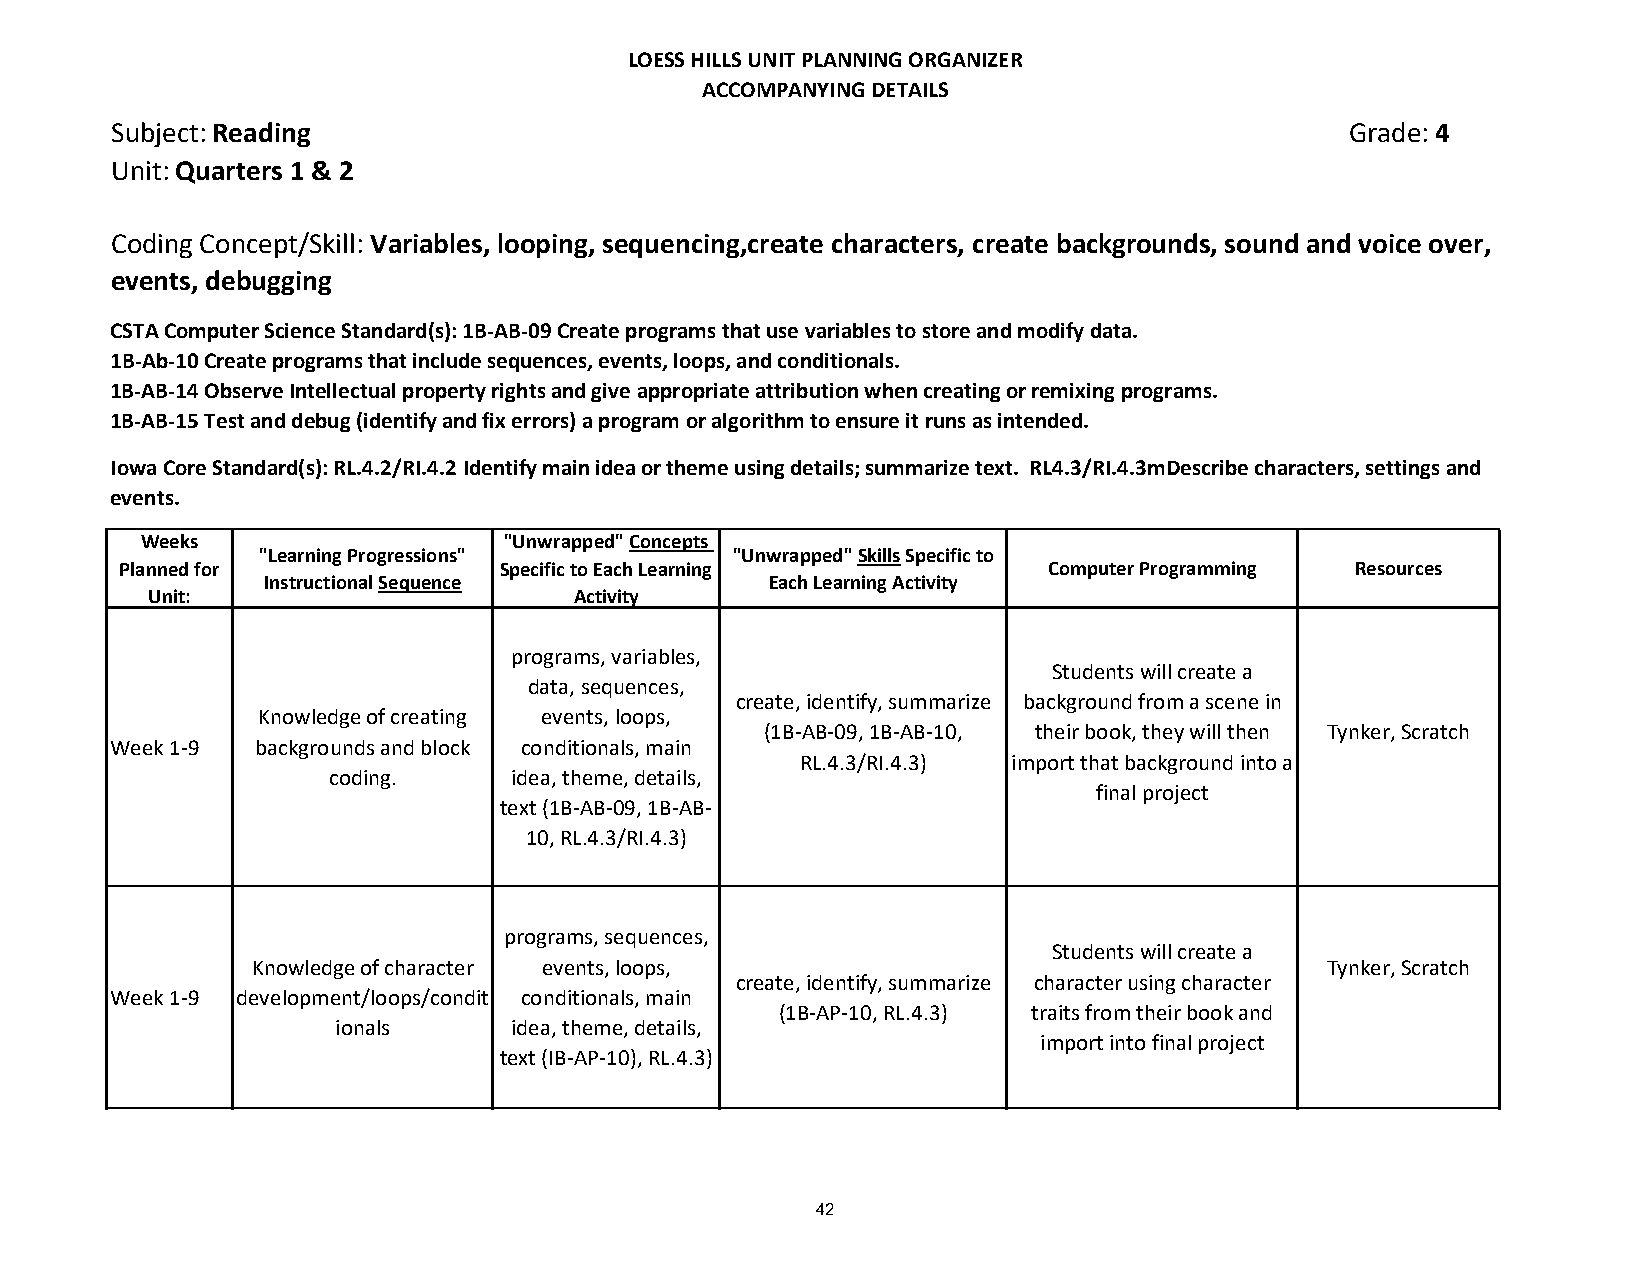
LOESS HILLS UNIT PLANNING ORGANIZER
 ACCOMPANYING DETAILS
 Subject: Reading                                                                  Grade: 4
 Unit: Quarters 1 & 2
 Coding Concept/Skill: Variables, looping, sequencing,create characters, create backgrounds, sound and voice over,
 events, debugging
 CSTA Computer Science Standard(s): 1B-AB-09 Create programs that use variables to store and modify data.
 1B-Ab-10 Create programs that include sequences, events, loops, and conditionals.
 1B-AB-14 Observe Intellectual property rights and give appropriate attribution when creating or remixing programs.
 1B-AB-15 Test and debug (identify and fix errors) a program or algorithm to ensure it runs as intended.
 Iowa Core Standard(s): RL.4.2/RI.4.2 Identify main idea or theme using details; summarize text. RL4.3/RI.4.3mDescribe characters, settings and
 events.
 Weeks                   "Unwrapped" Concepts
 "Learning Progressions"        "Unwrapped" Skills Specific to
 Planned for              Specific to Each Learning           Computer Programming Resources
 Instructional Sequence            Each Learning Activity
 Unit:                       Activity
 programs, variables,
 Students will create a
 data, sequences,
 create, identify, summarize background from a scene in
 Knowledge of creating events, loops,
 (1B-AB-09, 1B-AB-10, their book, they will then Tynker, Scratch
 Week 1-9  backgrounds and block conditionals, main
 RL.4.3/RI.4.3) import that background into a
 coding.     idea, theme, details,
 final project
 text (1B-AB-09, 1B-AB-
 10, RL.4.3/RI.4.3)
 programs, sequences,
 Students will create a
 Knowledge of character events, loops,                                  Tynker, Scratch
 create, identify, summarize character using character
 Week 1-9 development/loops/condit conditionals, main
 (1B-AP-10, RL.4.3) traits from their book and
 ionals      idea, theme, details,
 import into final project
 text (IB-AP-10), RL.4.3)
 42